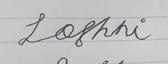
Signature authenticity: forged